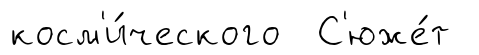
косм'и́ческого С'юже́т